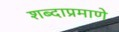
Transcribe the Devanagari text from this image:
शब्दाप्रमाणे